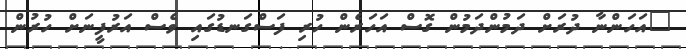
"އަހަންނާ ދުރަށް ދަމުންދަމުން ގޮސް އަހަރެން ހުރި ފަސްގަނޑުގައި ވެސް އަރުފީނަށް ހުރުން